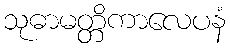
သုဓာမတ္တိကာလေပနံ